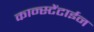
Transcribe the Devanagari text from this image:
कान्स्टेंटाईन